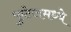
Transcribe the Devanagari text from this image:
फुटेजमध्ये